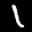
Label: 1